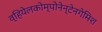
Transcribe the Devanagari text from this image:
व्हियेलकोम्पोनेन्टेनगेमिश